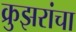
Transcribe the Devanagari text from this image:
क्रुझरांचा